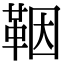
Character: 鞇